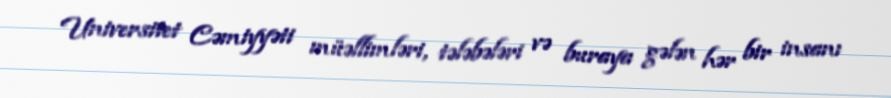
Universitet Cəmiyyəti müəllimləri, tələbələri və buraya gələn hər bir insanı